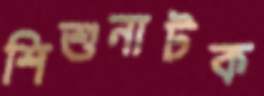
শিশুনাটক